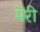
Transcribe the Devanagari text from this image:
मॆरी